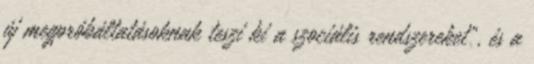
új megpróbáltatásoknak teszi ki a szociális rendszereket", és a